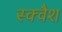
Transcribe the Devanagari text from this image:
स्‍क्‍वैश